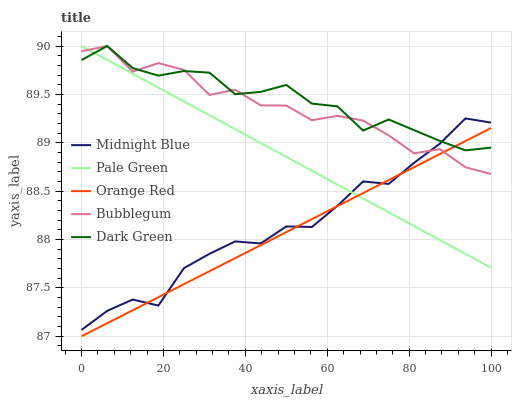
| xaxis_label | Midnight Blue | Pale Green | Orange Red | Bubblegum | Dark Green |
 | --- | --- | --- | --- | --- | --- |
 | 0 | 87.1 | 90 | 87 | 89.9 | 89.9 |
 | 6.25 | 87.3 | 89.9 | 87.1 | 90 | 90 |
 | 12.5 | 87.4 | 89.7 | 87.3 | 89.7 | 89.8 |
 | 18.8 | 87.3 | 89.6 | 87.4 | 89.8 | 89.7 |
 | 25 | 87.7 | 89.4 | 87.5 | 89.8 | 89.7 |
 | 31.2 | 87.9 | 89.3 | 87.7 | 89.5 | 89.7 |
 | 37.5 | 88 | 89.1 | 87.8 | 89.5 | 89.5 |
 | 43.8 | 88 | 89 | 87.9 | 89.4 | 89.5 |
 | 50 | 88.1 | 88.9 | 88.1 | 89.4 | 89.6 |
 | 56.2 | 88.1 | 88.7 | 88.2 | 89.2 | 89.4 |
 | 62.5 | 88.3 | 88.6 | 88.3 | 89.3 | 89.4 |
 | 68.8 | 88.6 | 88.4 | 88.5 | 89.2 | 89.1 |
 | 75 | 88.6 | 88.3 | 88.6 | 89.1 | 89.2 |
 | 81.2 | 88.8 | 88.1 | 88.7 | 88.9 | 89.1 |
 | 87.5 | 89 | 88 | 88.9 | 88.9 | 89 |
 | 93.8 | 89.3 | 87.9 | 89 | 88.7 | 88.9 |
 | 100 | 89.2 | 87.7 | 89.2 | 88.7 | 88.9 |